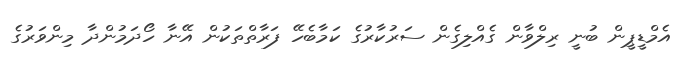
އެމްޑީޕީން ބުނީ ރިލްވާން ގެއްލިގެން ސަރުކާރުގެ ކަމާބެހޭ ފަރާތްތަކުން އޭނާ ހޯދަމުންދާ މިންވަރުގެ